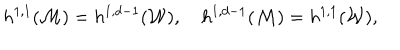
h ^ { 1 , 1 } ( { \cal M } ) = h ^ { 1 , d - 1 } ( { \cal W } ) , \quad h ^ { 1 , d - 1 } ( { \cal M } ) = h ^ { 1 , 1 } ( { \cal W } ) ,